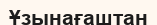
Ұзынағаштан